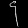
Digit: ၄